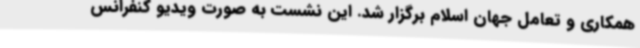
همکاری و تعامل جهان اسلام برگزار شد. این نشست به صورت ویدیو کنفرانس